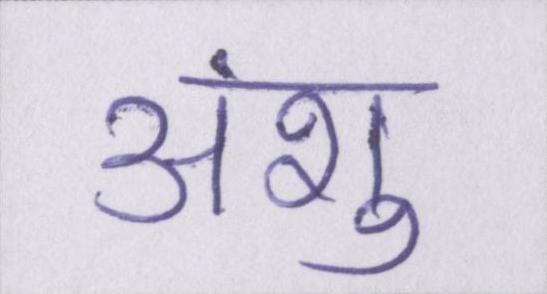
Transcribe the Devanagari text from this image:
अंशु